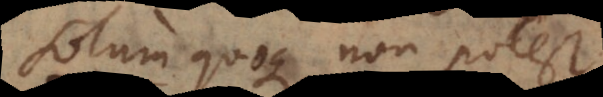
Solum quoque non potest